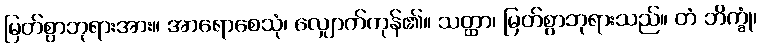
မြတ်စွာဘုရားအား။ အာရောစေသုံ၊ လျှောက်ကုန်၏။ သတ္ထာ၊ မြတ်စွာဘုရားသည်။ တံ ဘိက္ခုံ၊